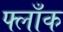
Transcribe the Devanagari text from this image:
फ्लाँक